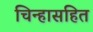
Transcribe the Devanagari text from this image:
चिन्हासहित